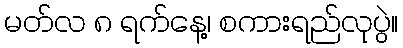
မတ်လ ၈ ရက်နေ့၊ စကားရည်လုပွဲ။